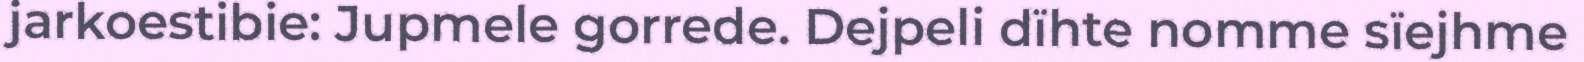
jarkoestibie: Jupmele gorrede. Dejpeli dïhte nomme sïejhme